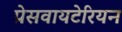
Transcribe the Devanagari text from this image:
प्रेसवायटेरियन